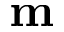
\mathbf { m }